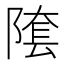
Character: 𨻝